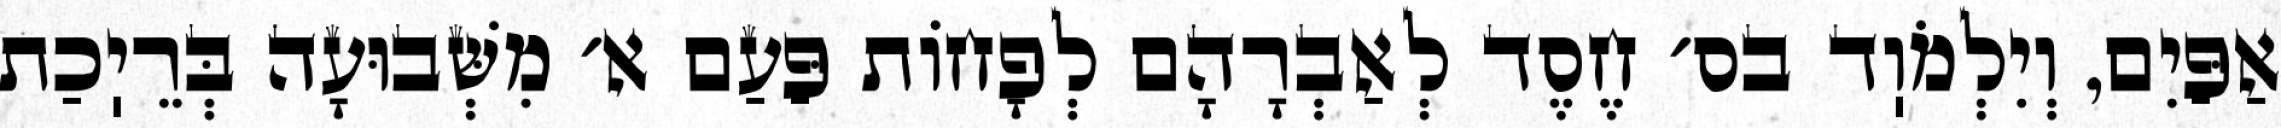
אַפַּיִם, וְיִלְמֹוֽד בס׳ חֶסֶד לְאַבְרָהָם לְפָחוֹת פַּעַם א׳ מִשְּׁבוּעָה בְּרֵיֽכַת